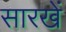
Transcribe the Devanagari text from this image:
सारखें